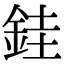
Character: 銈